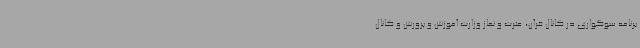
برنامه‌ سوگواری در کانال قرآن، عترت و نماز وزارت آموزش و پرورش و کانال